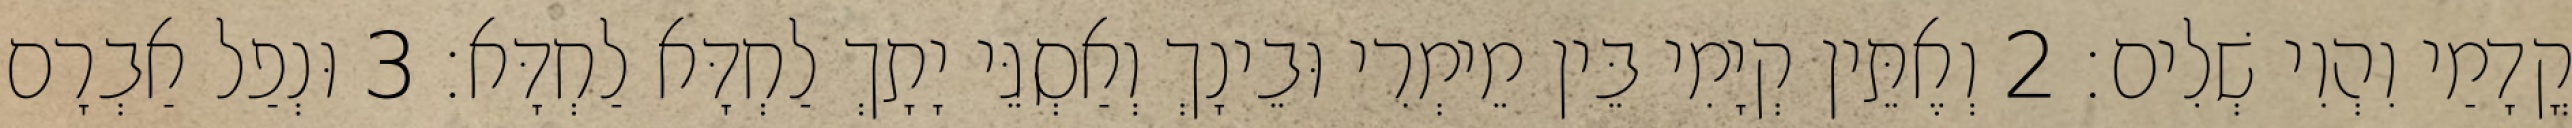
קֳדָמַי וִהְוִי שְׁלִים׃ 2 וְאֶתֵּין קְיָמִי בֵּין מֵימְרִי וּבֵינָךְ וְאַסְגֵּי יָתָךְ לַחְדָּא לַחְדָּא׃ 3 וּנְפַל אַבְרָם